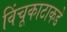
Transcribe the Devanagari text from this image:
विंचूकाटाकडे